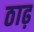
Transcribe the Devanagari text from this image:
ठाढ़